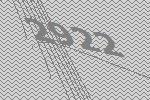
2922